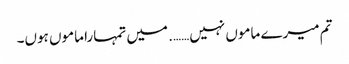
تم میرے ماموں نہیں……. میں تمہارا ماموں ہوں۔